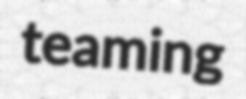
teaming